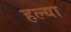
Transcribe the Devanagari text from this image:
हल्या